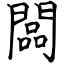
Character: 闆